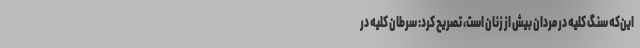
این‌که سنگ کلیه در مردان بیش از زنان است، تصریح کرد: سرطان کلیه در